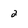
Character: 2